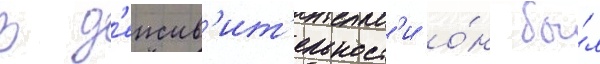
В д'еиств'ит'ельност'и о́н бы́л